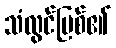
သံလွင်မြစ်၏